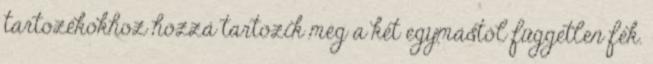
tartozékokhoz hozzá tartozik még a két egymástól független fék.